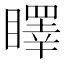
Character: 䁺